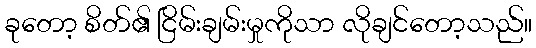
ခုတော့ စိတ်၏ ငြိမ်းချမ်းမှုကိုသာ လိုချင်တော့သည်။